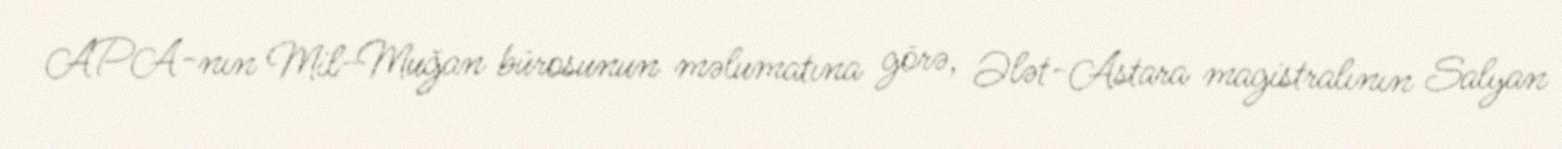
APA-nın Mil-Muğan bürosunun məlumatına görə, Ələt-Astara magistralının Salyan